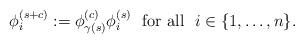
LaTeX: \begin{align*} \phi^{(s+c)}_i:=\phi^{(c)}_{\gamma(s)}\phi^{(s)}_i\ \ \textup{for all}\ \ i\in \{1,\ldots,n\}. \end{align*}